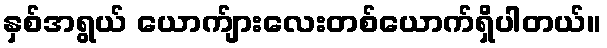
နှစ်အရွယ် ယောက်ျားလေးတစ်ယောက်ရှိပါတယ်။